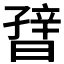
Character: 𬁪